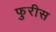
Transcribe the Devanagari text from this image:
फुरीस